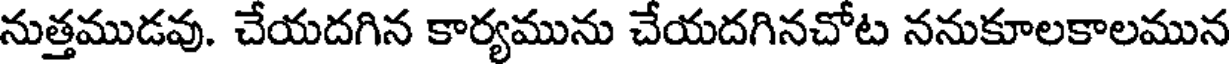
నుత్తముడవు. చేయదగిన కార్యమును చేయదగినచోట ననుకూలకాలమున